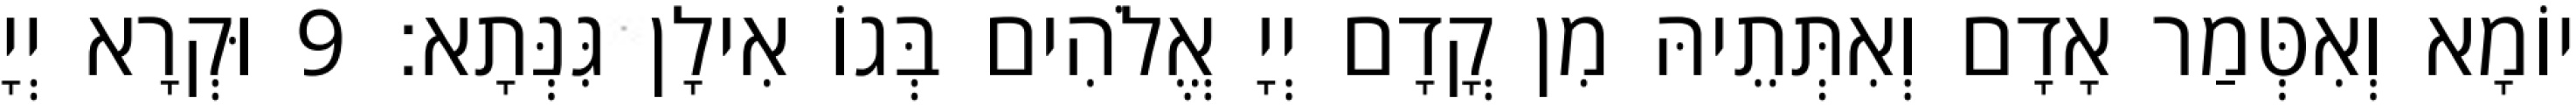
יוֹמָא וְאִטְּמַר אָדָם וְאִתְּתֵיהּ מִן קֳדָם יְיָ אֱלֹהִים בְּגוֹ אִילָן גִּנְּתָא׃ 9 וּקְרָא יְיָ